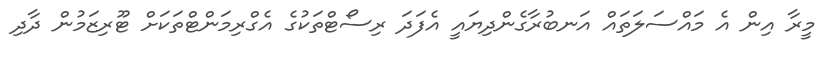
މީރާ އިން އެ މައްސަލަތައް އަނބުރާގެންދިޔައީ އެފަދަ ރިސޯޓްތަކުގެ އެގްރިމަންޓްތަކަށް ޓޫރިޒަމުން ދާދި